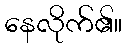
နေလိုက်၏။